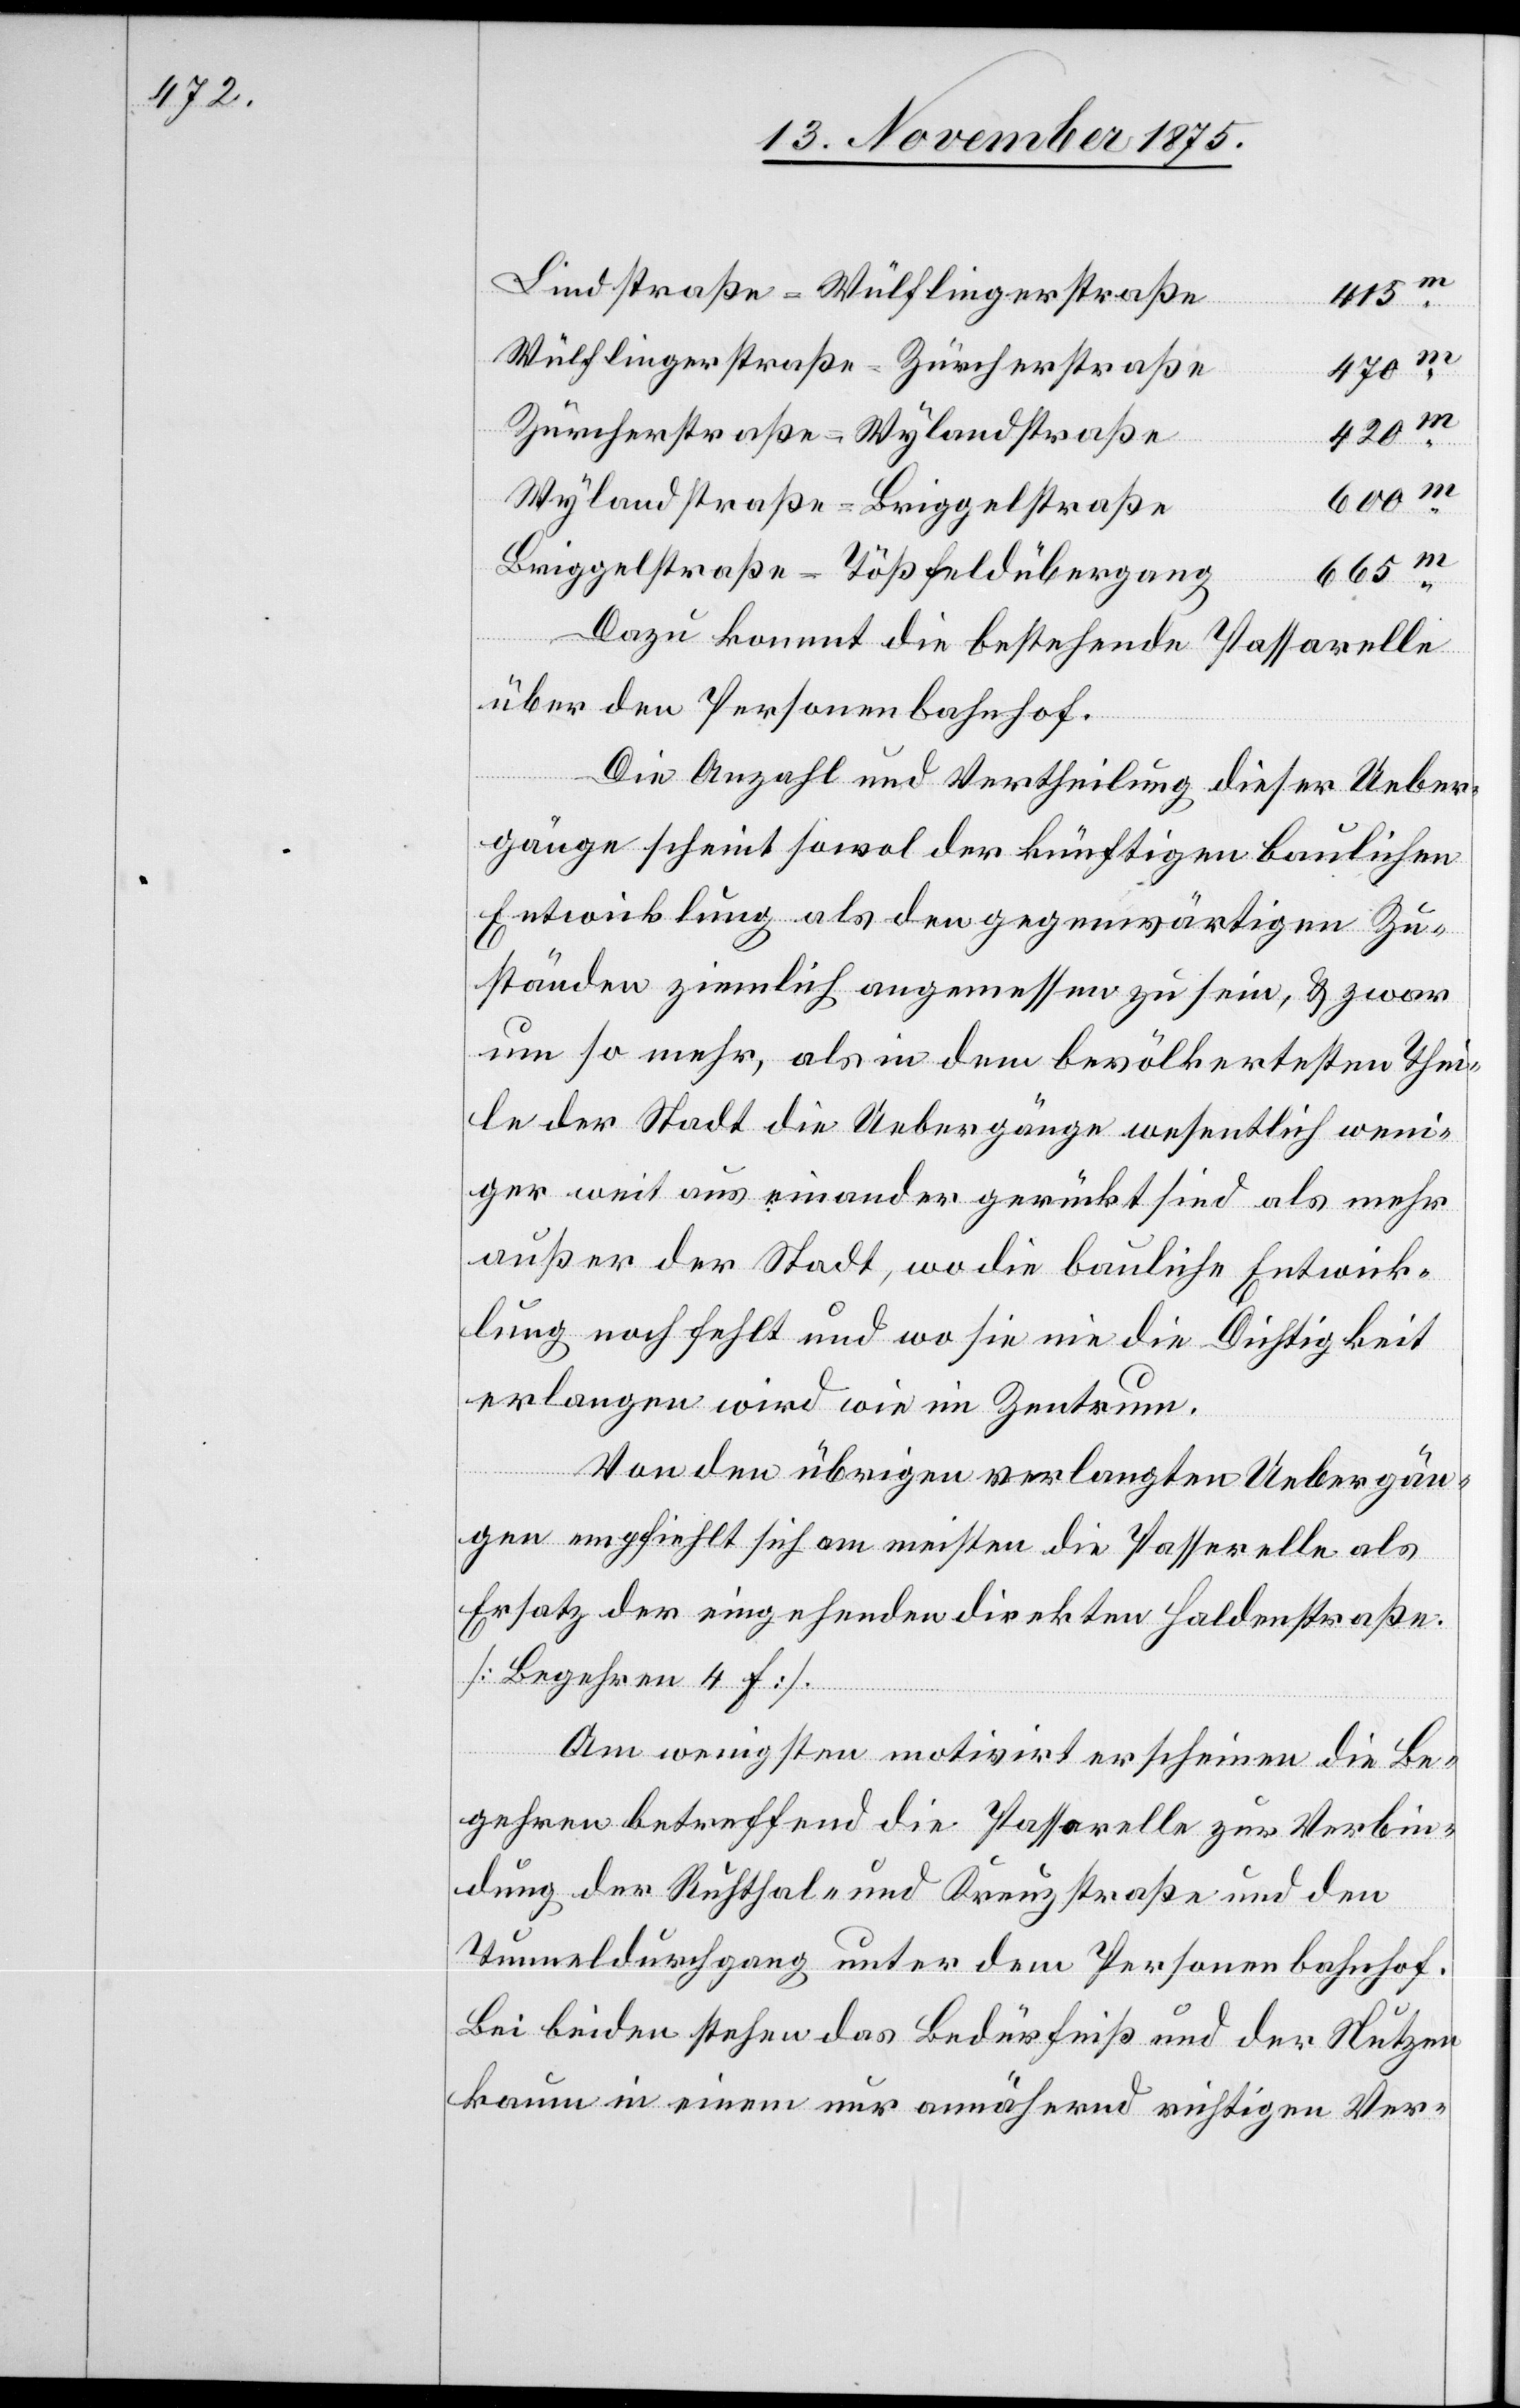
Lindstraße–Wülflingerstraße
415m
Wülflingerstraße–Zürcherstraße
420m
Zürcherstraße–Wylandstraße
Wylandstraße–Briggelstraße
Briggelstraße–Tößfeldübergang
665m
Dazu kommt die bestehende Passarelle
über den Personenbahnhof.
Die Anzahl und Vertheilung dieser Ueber¬
gänge scheint sowol der künftigen baulichen
Entwicklung als den gegenwärtigen Zu¬
ständen ziemlich angemessen zu sein, & zwar
um so mehr, als in dem bevölkertesten Thei¬
le der Stadt die Uebergänge wesentlich weni¬
ger weit auseinander gerückt sind als mehr
außer der Stadt, wo die bauliche Entwick¬
lung noch fehlt und wo sie nie die Dichtigkeit
erlangen wird wie im Zentrum.
Von den übrigen verlangten Uebergän¬
gen empfiehlt sich am meisten die Passarelle als
Ersatz der eingehenden direkten Haldenstraße
[Begehren 4f].
Am wenigsten motivirt erscheinen die Be¬
gehren betreffend die Passarelle zur Verbin¬
dung der Ruhthal- und Kreuzstraße und den
Tunneldurchgang unter dem Personenbahnhof.
Bei beiden stehen das Bedürfniß und der Nutzen
kaum in einem nur annähernd richtigen Ver-